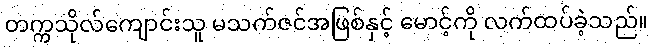
တက္ကသိုလ်ကျောင်းသူ မသက်ဇင်အဖြစ်နှင့် မောင့်ကို လက်ထပ်ခဲ့သည်။